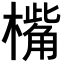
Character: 𣚀